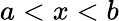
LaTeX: a<x<b